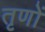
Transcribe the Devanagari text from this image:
तृणों